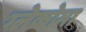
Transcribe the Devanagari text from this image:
ग्लेकोमा